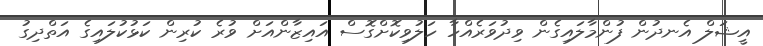
އީޝަލް އެނދުން ފުންމާލައިގެން ވިދުވަރެއްހާ ހަލުވިކޮށްގޮސް އައިޒާންއަށް ވުރެ ކުރިން ކަޅުކުލައިގެ އަތްދިގު